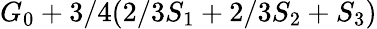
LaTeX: G_{0}+3/4(2/3S_{1}+2/3S_{2}+S_{3})